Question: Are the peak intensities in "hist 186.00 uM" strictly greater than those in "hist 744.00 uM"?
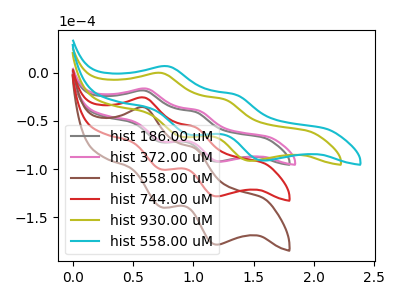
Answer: <think>The gray curve "hist 186.00 uM" has anodic peaks at (0.60V, -18.65uA) (1.00V, -40.75uA) and cathodic peaks at (0.75V, -72.15uA) (1.20V, -92.30uA). The pink curve "hist 372.00 uM" has anodic peaks at (0.60V, -16.70uA) (1.05V, -39.35uA) and cathodic peaks at (0.75V, -71.55uA) (1.25V, -92.20uA). The brown curve "hist 558.00 uM" has anodic peaks at (0.60V, -51.90uA) (1.00V, -113.30uA) and cathodic peaks at (0.75V, -200.60uA) (1.20V, -256.60uA). The red curve "hist 744.00 uM" has anodic peaks at (0.60V, -25.95uA) (1.00V, -56.65uA) and cathodic peaks at (0.75V, -100.30uA) (1.20V, -128.30uA). The olive curve "hist 930.00 uM" has anodic peaks at (0.75V, -0.45uA) (1.25V, -27.75uA) and cathodic peaks at (0.90V, -66.60uA) (1.50V, -91.50uA). The cyan curve "hist 558.00 uM" has anodic peaks at (0.80V, 6.50uA) (1.35V, -22.85uA) and cathodic peaks at (0.95V, -64.50uA) (1.60V, -91.20uA).</think>
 <answer>The peaks in "hist 186.00 uM" are neither all higher or all lower than the peaks in "hist 744.00 uM".</answer>
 <eval>mixed</eval>